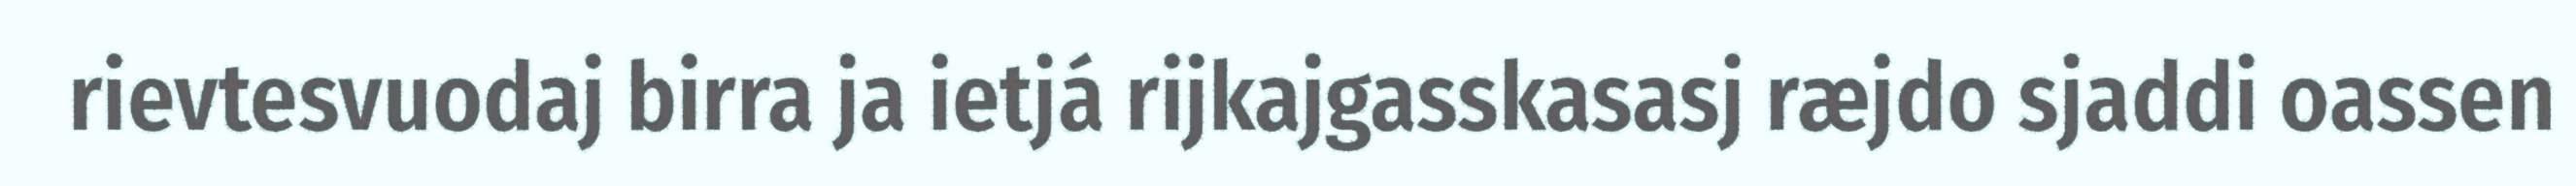
rievtesvuodaj birra ja ietjá rijkajgasskasasj ræjdo sjaddi oassen